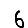
Digit: 6